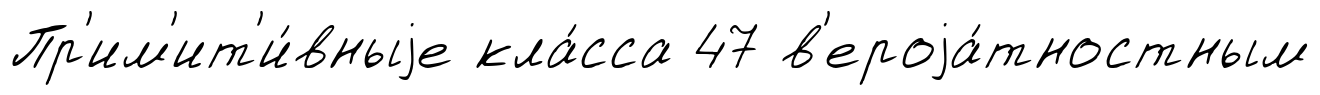
Пр'им'ит'и́вныjе кла́сса 47 в'ероjа́тностным